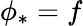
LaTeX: \phi_{*}=f